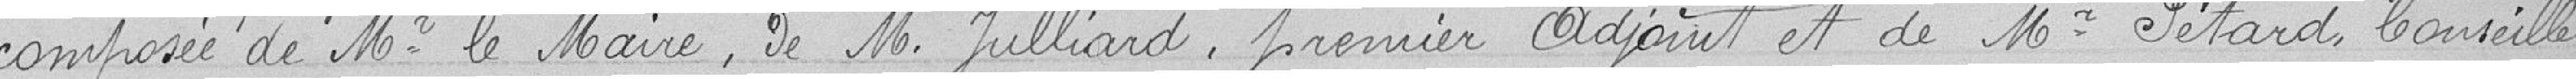
composée de Mr. le Maire, de Mr. Julliard, premier adjoint et de Mr. Pétard Conseiller